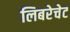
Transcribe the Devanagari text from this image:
लिबरेचेट